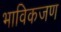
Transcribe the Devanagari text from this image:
भाविकजण